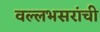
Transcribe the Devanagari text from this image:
वल्लभसरांची